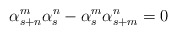
\begin{align*}\alpha _{s+n}^{m}\alpha _{s}^{n}-\alpha _{s}^{m}\alpha _{s+m}^{n}=0\end{align*}